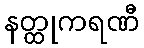
နတ္ထုကရဏီ